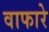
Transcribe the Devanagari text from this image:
वाफारे